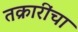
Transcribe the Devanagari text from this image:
तक्रारींचा